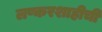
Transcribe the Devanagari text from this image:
लष्करशाहीची